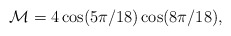
\begin{align*}{\cal M} = 4 \cos(5\pi /18) \cos(8\pi /18) ,\end{align*}